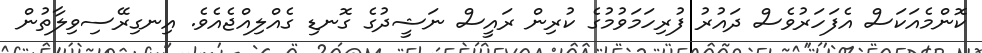
ކޮންމެއަކަސް އެފަހަރުވެސް ދައުރު ފުރިހަމަވުމުގެ ކުރިން ރައީސް ނަޝީދުގެ ގޮނޑި ގެއްލިއްޖެއެވެ. އިނގިރޭސިވިލާތުން